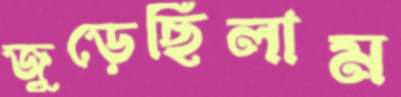
জুড়েছিলাম